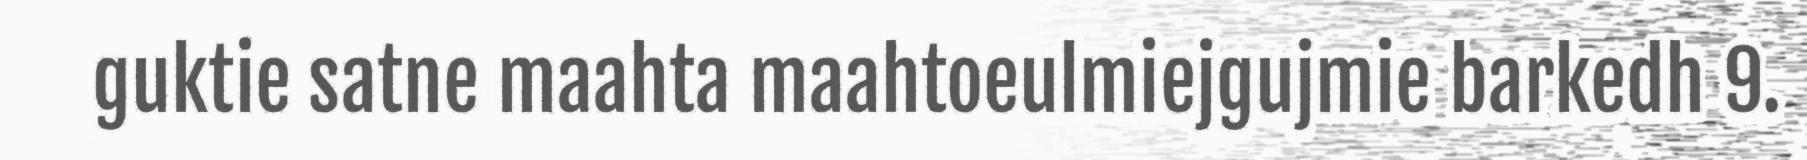
guktie satne maahta maahtoeulmiejgujmie barkedh 9.